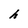
Character: h